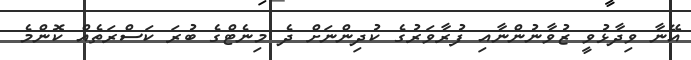
އޭނާ ވިދާޅުވީ ޒުވާނުންނާއި ފުރާވަރުގެ ކުދިންނަށް ދެ މިނެޓްގެ ބުރަ ކަސްރަތެއް ކޮންމެ